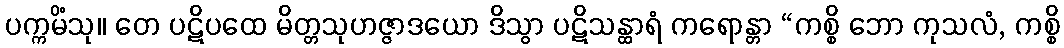
ပက္ကမိံသု။ တေ ပဋိပထေ မိတ္တသုဟဇ္ဇာဒယော ဒိသွာ ပဋိသန္ထာရံ ကရောန္တာ “ကစ္စိ ဘော ကုသလံ, ကစ္စိ